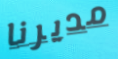
مديرنا